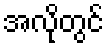
အလိုတွင်